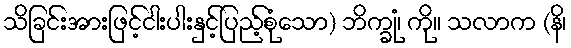
သိခြင်းအားဖြင့်ငါးပါးနှင့်ပြည့်စုံသော) ဘိက္ခုံ၊ ကို။ သလာက (နိ၊